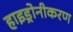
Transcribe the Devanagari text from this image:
हाइड्रोनीकरण